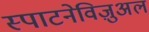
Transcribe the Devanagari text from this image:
स्पाटनेविज़ुअल